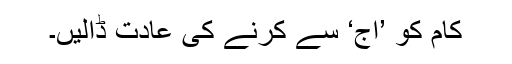
کام کو ’آج‘ سے کرنے کی عادت ڈالیں۔